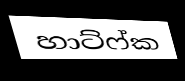
හාට්ෆ්ක